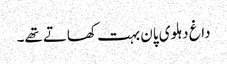
داغ دہلوی پان بہت کھاتے تھے۔